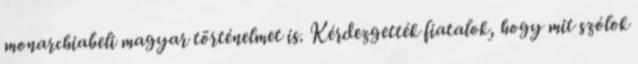
monarchiabeli magyar történelmet is. Kérdezgették fiatalok, hogy mit szólok